Calcutta medical institutions reports 1892-1900
Year: 1892
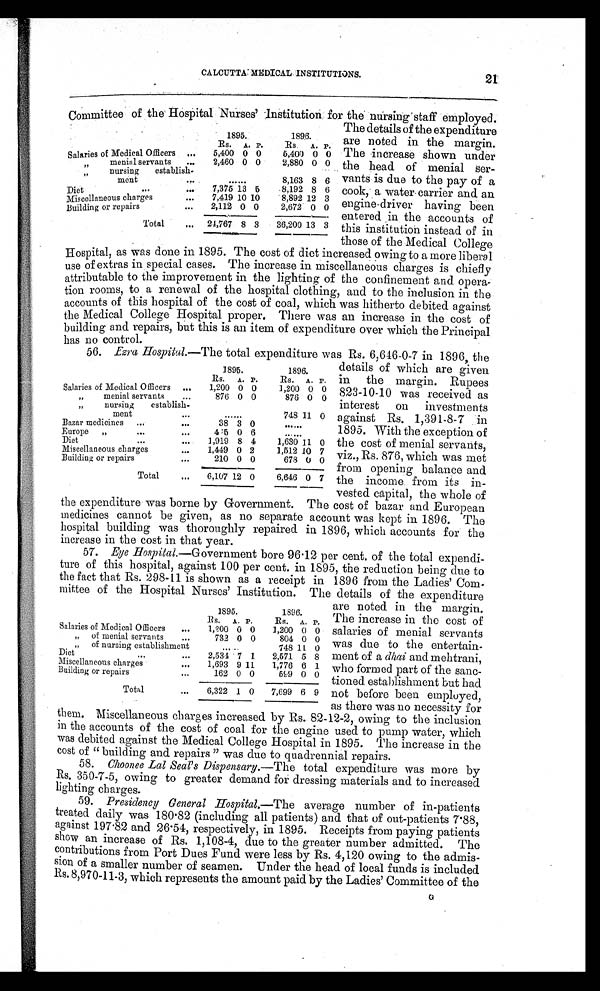
CALCUTTA MEDICAL INSTITUTIONS.
2 1
Committee of the Hospital Nurses' Institution for the nursing staff employed.
1895.
1896.
Rs. A. P.
Rs. A. P.
S a l a r i e s o f M e d i c a l O f f i c e r s
5,400 0 0
5,400 0 0
„ menial servants
2,460 0 0
2,880 0 0
„ nursing establish-
ment
8,163 8 6
Diet
7,375 13 5
8,192 8 6
Miscellaneous charges
7,419 10 10
8,892 12 3
Building or repairs
2,112 0 0
2,672 0 0
Total
24,767 8 3
36,200 13 3
Hospital, as was done in 1895. The cost of diet increased owing to a more liberal
use of extras in special cases. The increase in miscellaneous charges is chiefly
attributable to the improvement in the lighting of the confinement and opera
- t i o n r o o m s , t o a r e n e w a l o f t h e h o s p i t a l c l o t h i n g , a n d t o t h e i n c l u s i o n i n t h e
accounts of this hospital of the cost of coal, which was hitherto debited against
the Medical College Hospital proper. There was an increase in the cost of
building and repairs, but this is an item of expenditure over which the Principal
has no control.
56. Ezra Hospital.—The total expenditure -was Rs. 6,646-0-7 i
n 1896_ tho
The details of the expenditure
are noted in the margin.
The increase shown under
the head of menial ser
-vants is due to the pay of a
cook, a water-carrier and an
engine-driver having been
entered in the accounts of
this institution instead of in
those of the Medical College
1895.
1896.
Rs. A. P.
Rs. A. P.
Salaries of Medical Officers
1,200 0 0
1,200 0 0
„ menial servants
876 0 0
876 0 0
„ n u r s i n g e s t a b l i s h - m e n t .
748 11 0
Bazar medicines
38 3 0
Europe „
415 0 6
Diet
1,919 8 4
1,630 11 0
Miscellaneous charges
1,449 0 2
1,512 10 7
Building or repairs
210 0 0
678 0 0
Total
6,107 12 0
6,646 0 7
details or which are given
in the margin. Rupees
823-10-10 was received as
interest on investments
against Rs. 1,391-8-7 in
1895. With the exception of
the cost of menial servants,
viz., Rs. 876, which was met
from opening balance and
the income from its in
-vested capital, the whole of
the expenditure was borne by Government. The cost of bazar and European
medicines cannot be given, as no separate account was kept in 1896. The
hospital building was thoroughly repaired in 1896, which accounts for the
increase in the cost in that year.
57. Eye H ospital.—Government bore 96.12 per cent, of the total expend
i - t u r e o f t h i s h o s p i t a l , a g a i n s t 1 0 0 p e r c e n t . i n 1 8 9 5 , t h e r e d u c t i o n b e i n g d u e t o
the fact that Rs. 298-11 is shown as a receipt in 1896 from the Ladies' Com
-mittee of the Hospital Nurses' Institution. The details of the expenditure
are noted in the margin.
The increase in the cost of
salaries of menial servants
was due to the entertain
- m e n t o f a
d h a i
a n d m e h t r a n i ,
who formed part of the sanc
- t i o n e d , e s t a b l i s h m e n t b u t h a d
not before been employed,
as there was no necessity for
them. Miscellaneous charges increased by Rs. 82-12-2, owing to the inclusion
in the accounts of the cost of coal for the engine used to pump water, which
was debited against the Medical College Hospital in 1895. The increase in the
cost of " building and repairs " was due to quadrennial repairs.
58. Choonee Lai Seal's Dispensary. —The total expenditure was more by
Rs. 350-7-5, owing to greater demand for dressing materials and to increased
lighting charges.
59. Presidency General Hospital. —The average number of in-patients
treated daily was 180.82 (including all patients) and that of out-patients 7.88,
against 197.82 and 26.54, respectively, in 1895. Receipts from paying patients
show an increase of Rs. 1,108-4, due to the greater number admitted. The
contributions from Port Dues Fund were less by Rs. 4,120 owing to the admis
- s i o n o f a s m a l l e r n u m b e r o f s e a m e n . U n d e r t h e h e a d o f l o c a l f u n d s i s i n c l u d e d
Rs. 8,970-11-3, which represents the amount paid by the Ladies' Committee of the
1895.
1896.
Rs. A. P.
Rs. A. P.
Salaries of Medical Officers
1,200 0 0
1,200 0 0
„ of menial servants
732 0 0
804 0 0
„
„ of nursing establishment
.
748 11 0
Diet
2,534 7 1
2,571 5 8
Miscellaneous charges
1,693 9 11
1,776 6 1
Building or repairs
162 0 0
599 0 0
Total
6,322 1 0
7,699 6 9